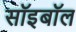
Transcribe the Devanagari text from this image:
सॉइबॉल